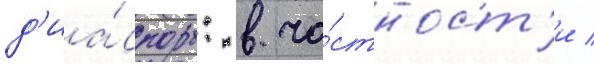
д'иа́споры: в ча́стност'и /